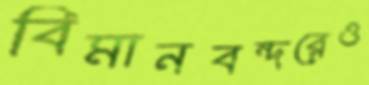
বিমানবন্দরেও